Document type: Sale
Year: 1423
Scribe: Joan Franc
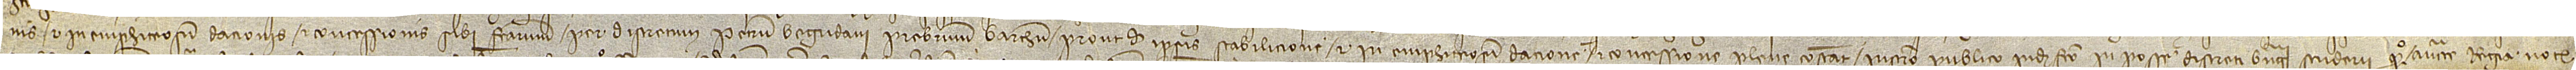
nis et in emphiteosim dacionis et concessionis sibi factarum per discretum Petrum Begudani, presbiterum Barchinone, prout de ipsis stabilicione et in emphiteosim dacione et concessione plene constat instrumento publico inde facto in posse discreti Berengarii Scuderii, quondam, auctoritate regia notarii